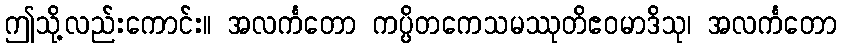
ဤသို့လည်းကောင်း။ အလင်္ကတော ကပ္ပိတကေသမဿုတိဧဝမာဒိသု၊ အလင်္ကတော